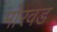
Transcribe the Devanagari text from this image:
मोरवड